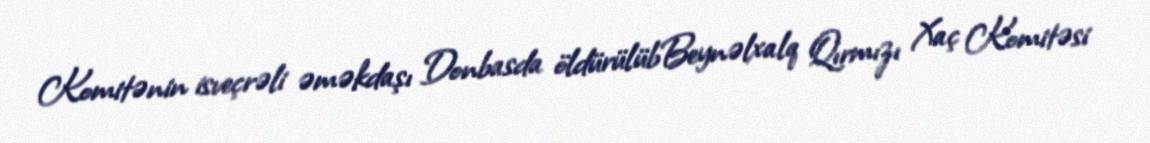
Komitənin isveçrəli əməkdaşı Donbasda öldürülübBeynəlxalq Qırmızı Xaç Komitəsi